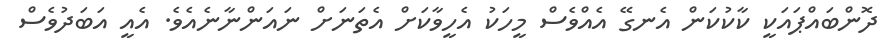
ދޮންބައްޕައަކީ ކާކުކަން އެނގޭ އެއްވެސް މީހަކު އެހީވާކަށް އެތަނަށް ނައަންނާނެއެވެ. އެއީ އަބަދުވެސް